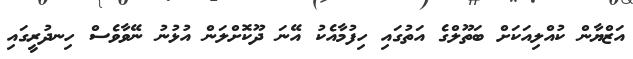
އަޒްޔާން ކުއްލިއަކަށް ބަތޫލްގެ އަތުގައި ހިފުމާއެކު އޭނަ ދޫކޮށްލަން އުޅުނު ނޭވާވެސް ހިނދުރީގައި